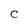
Character: C